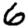
Digit: 6